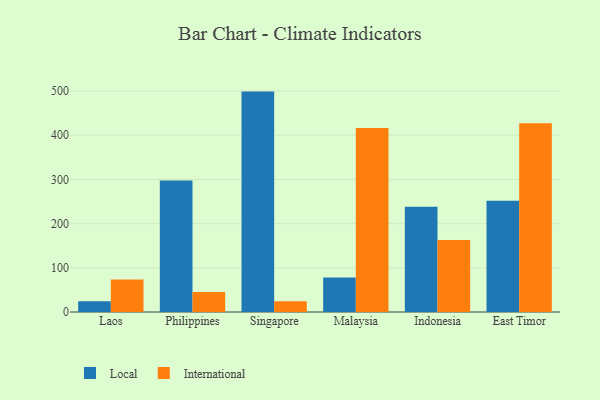
{"axis": {"x": "Country", "y": "Humidity (%)"}, "legend": ["International", "Local"], "data": [{"x": "Laos", "y": 24.1, "type": "Local"}, {"x": "Laos", "y": 73.4, "type": "International"}, {"x": "Philippines", "y": 297.6, "type": "Local"}, {"x": "Philippines", "y": 45.4, "type": "International"}, {"x": "Singapore", "y": 498.9, "type": "Local"}, {"x": "Singapore", "y": 24.2, "type": "International"}, {"x": "Malaysia", "y": 78.1, "type": "Local"}, {"x": "Malaysia", "y": 416.6, "type": "International"}, {"x": "Indonesia", "y": 238.4, "type": "Local"}, {"x": "Indonesia", "y": 162.7, "type": "International"}, {"x": "East Timor", "y": 251.7, "type": "Local"}, {"x": "East Timor", "y": 427.1, "type": "International"}]}